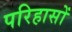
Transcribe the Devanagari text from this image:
परिहासों